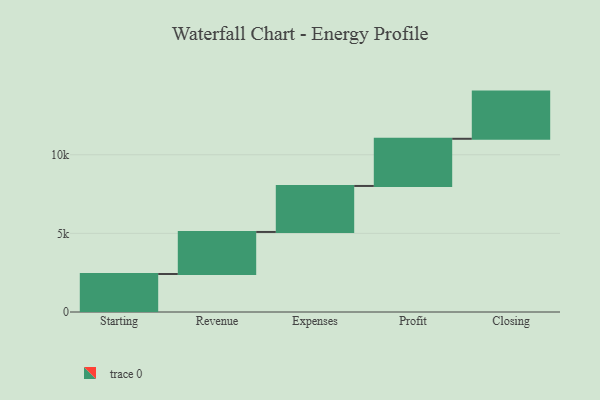
{"axis": {"x": "Step", "y": "Value"}, "legend": [""], "data": [{"x": "Starting", "y": 2417.0, "type": ""}, {"x": "Revenue", "y": 2673.0, "type": ""}, {"x": "Expenses", "y": 2925.0, "type": ""}, {"x": "Profit", "y": 3000, "type": ""}, {"x": "Closing", "y": 3000, "type": ""}]}